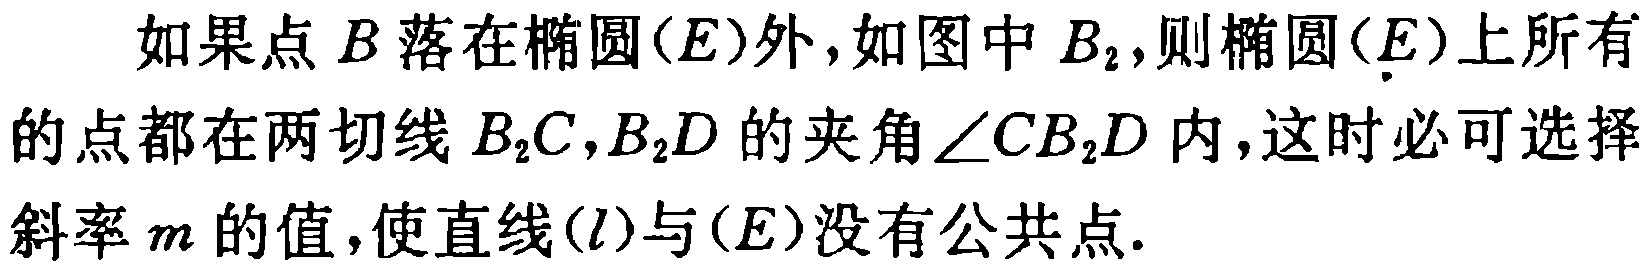
如果点\(B\)落在椭圆\((E)\)外,如图中\(B_{2}\),则椭圆\((E)\)上所有的点都在两切线\(B_{2}C,B_{2}D\)的夹角\(\angle CB_{2}D\)内,这时必可选择斜率\(m\)的值,使直线\((l)\)与\((E)\)没有公共点.